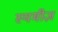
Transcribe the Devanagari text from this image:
स्यमीज़